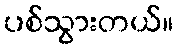
ပစ်သွားတယ်။